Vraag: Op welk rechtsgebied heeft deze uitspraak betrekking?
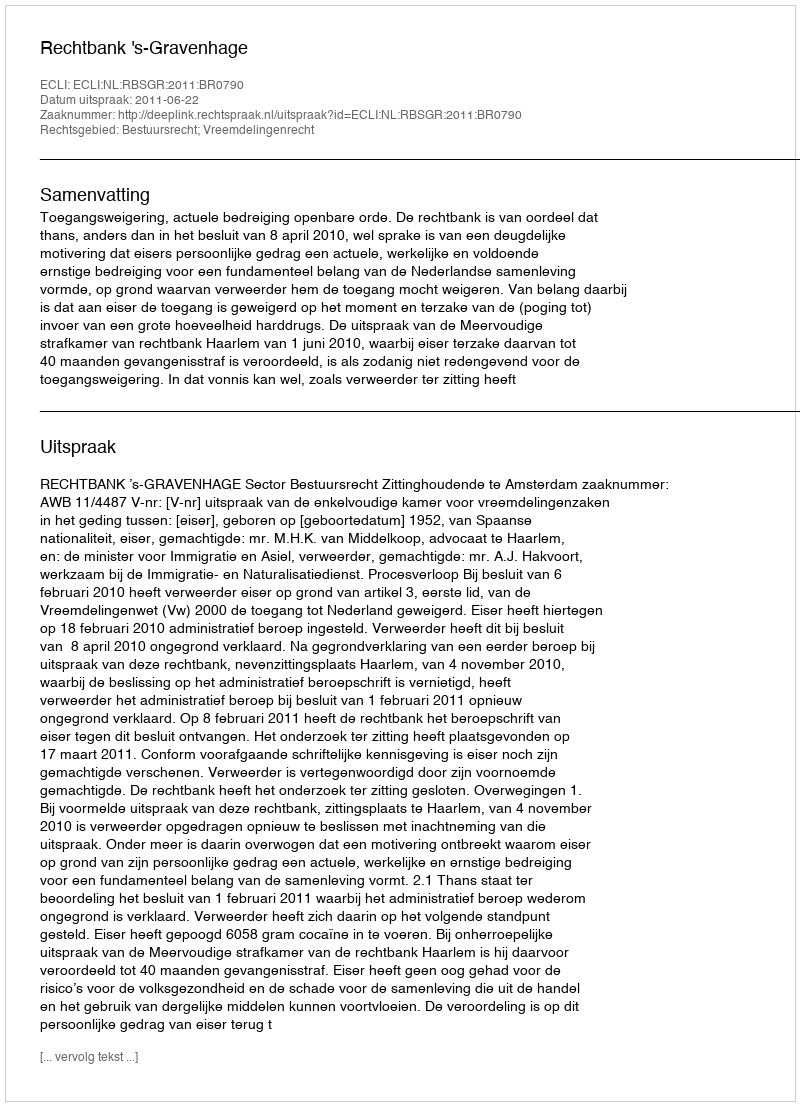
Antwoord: Bestuursrecht; Vreemdelingenrecht